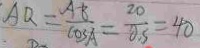
A Q = \frac { A B } { \cos A } = \frac { 2 0 } { 0 . 5 } = 4 0